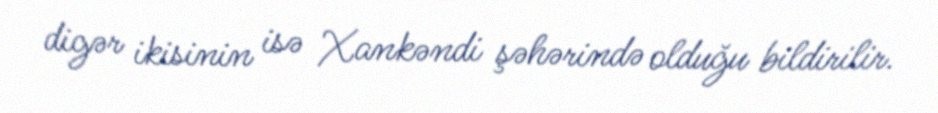
digər ikisinin isə Xankəndi şəhərində olduğu bildirilir.